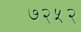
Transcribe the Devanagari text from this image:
७२५२